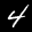
Label: 4